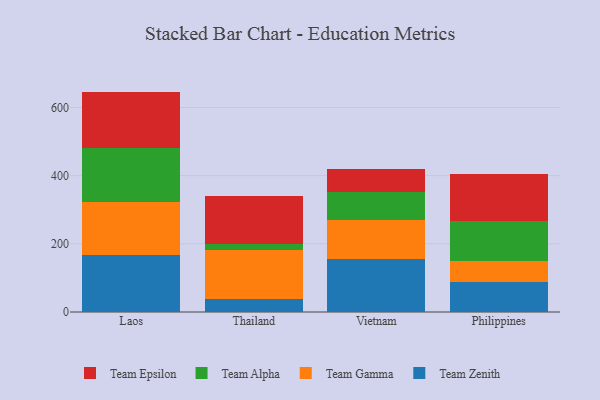
{"axis": {"x": "Country", "y": "Headcount"}, "legend": ["Team Alpha", "Team Epsilon", "Team Gamma", "Team Zenith"], "data": [{"x": "Laos", "y": 167.0, "type": "Team Zenith"}, {"x": "Laos", "y": 155.7, "type": "Team Gamma"}, {"x": "Laos", "y": 157.5, "type": "Team Alpha"}, {"x": "Laos", "y": 166.4, "type": "Team Epsilon"}, {"x": "Thailand", "y": 39.0, "type": "Team Zenith"}, {"x": "Thailand", "y": 142.8, "type": "Team Gamma"}, {"x": "Thailand", "y": 18.7, "type": "Team Alpha"}, {"x": "Thailand", "y": 141.1, "type": "Team Epsilon"}, {"x": "Vietnam", "y": 156.8, "type": "Team Zenith"}, {"x": "Vietnam", "y": 113.0, "type": "Team Gamma"}, {"x": "Vietnam", "y": 80.9, "type": "Team Alpha"}, {"x": "Vietnam", "y": 69.1, "type": "Team Epsilon"}, {"x": "Philippines", "y": 86.7, "type": "Team Zenith"}, {"x": "Philippines", "y": 63.5, "type": "Team Gamma"}, {"x": "Philippines", "y": 115.9, "type": "Team Alpha"}, {"x": "Philippines", "y": 137.5, "type": "Team Epsilon"}]}